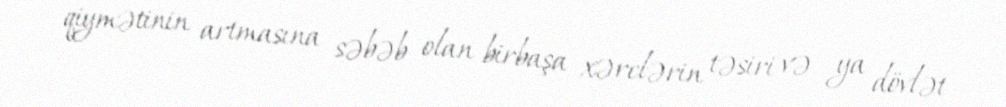
qiymətinin artmasına səbəb olan birbaşa xərclərin təsiri və ya dövlət